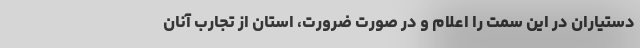
دستیاران در این سمت را اعلام و در صورت ضرورت، استان از تجارب آنان